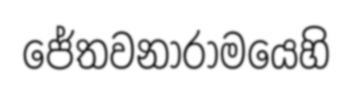
ජේතවනාරාමයෙහි